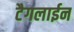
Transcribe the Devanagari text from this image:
टैगलाईन